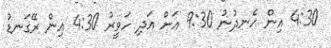
4:30 އިން ހެނދުނު 9:30 އަށް އަދި ހަވީރު 4:30 އިން ރޭގަނޑު